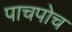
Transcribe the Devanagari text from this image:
पाचपोच